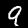
Digit: 9